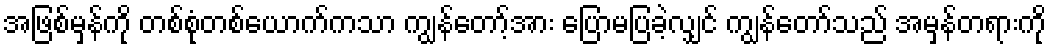
အဖြစ်မှန်ကို တစ်စုံတစ်ယောက်ကသာ ကျွန်တော့်အား ပြောမပြခဲ့လျှင် ကျွန်တော်သည် အမှန်တရားကို